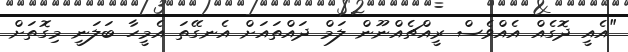
"އެއީ ދޮގެއް އެއްވެސް ރީއްޗެއްނޫން ލަމް ދައްތައަށް އެނގޭތަ އެމީހާ ބަލަނީ މިގޮތަށް